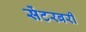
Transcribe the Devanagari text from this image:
सेंटरबरी